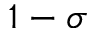
1 - \sigma